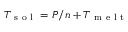
T _ { \mathrm { ~ s ~ o ~ l ~ } } = P / n + T _ { \mathrm { ~ m ~ e ~ l ~ t ~ } }